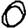
Digit: 0